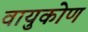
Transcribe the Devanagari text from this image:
वायुकोण